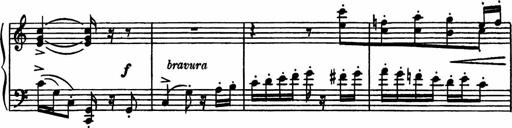
Title: Sonatilla
Composer: Mortimer Wilson
Key: C major